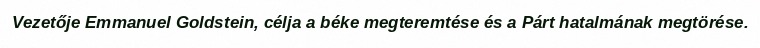
Vezetője Emmanuel Goldstein, célja a béke megteremtése és a Párt hatalmának megtörése.